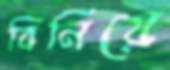
বিনিয়ে